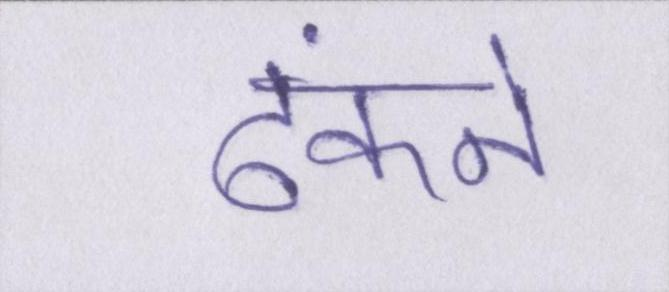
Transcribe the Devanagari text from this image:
ढंकने